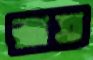
রাত